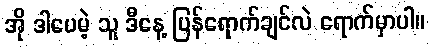
အို ဒါပေမဲ့ သူ ဒီနေ့ ပြန်ရောက်ချင်လဲ ရောက်မှာပါ။